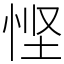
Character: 悭